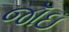
જૉઇ